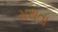
મથતા